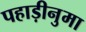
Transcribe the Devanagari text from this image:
पहाड़ीनुमा